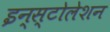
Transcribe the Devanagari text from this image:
इन्स्टोलेशन